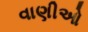
વાણીઓ